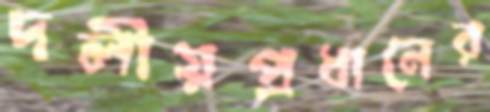
দলীয়প্রধানের